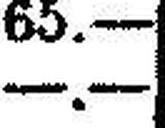
—.—